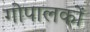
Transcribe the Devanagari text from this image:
गोपालकों